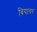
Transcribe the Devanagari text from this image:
बियावर